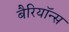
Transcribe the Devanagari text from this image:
बैरियॉन्स